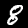
Digit: 8